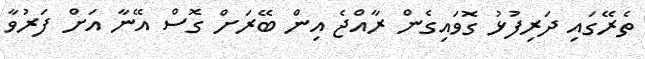
ތެރޭގައި ދަރިފުޅު ގޮވައިގެން ރާއްޖެ އިން ބޭރަށް ގޮސް އޭނާ އަށް ފަރުވާ